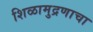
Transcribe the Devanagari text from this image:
शिळामुद्रणाचा